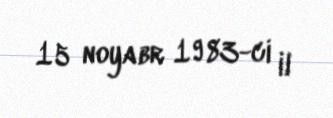
15 noyabr 1983-ci il